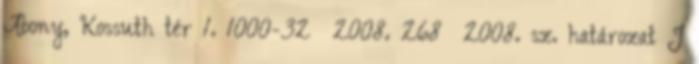
Abony, Kossuth tér 1. 1000-32 2008. 268 2008. sz. határozat J